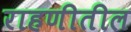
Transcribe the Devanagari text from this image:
राहणीतील